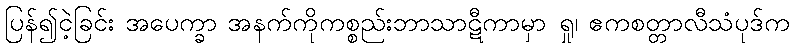
ပြန်၍ငဲ့ခြင်း အပေက္ခာ အနက်ကိုကစ္စည်းဘာသာဋီကာမှာ ရှု၊ ဧကစတ္တာလီသံပုဒ်က